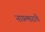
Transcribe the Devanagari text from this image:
नायन्मारांचे